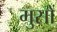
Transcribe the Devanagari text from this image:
मुसों